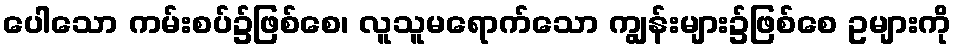
ပေါသော ကမ်းစပ်၌ဖြစ်စေ၊ လူသူမရောက်သော ကျွန်းများ၌ဖြစ်စေ ဥများကို